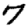
Digit: 7